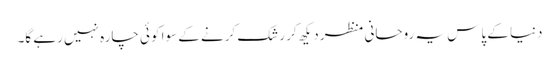
دنیا کے پاس یہ روحانی منظر دیکھ کر رشک کرنے کے سوا کوئی چارہ نہیں رہے گا۔